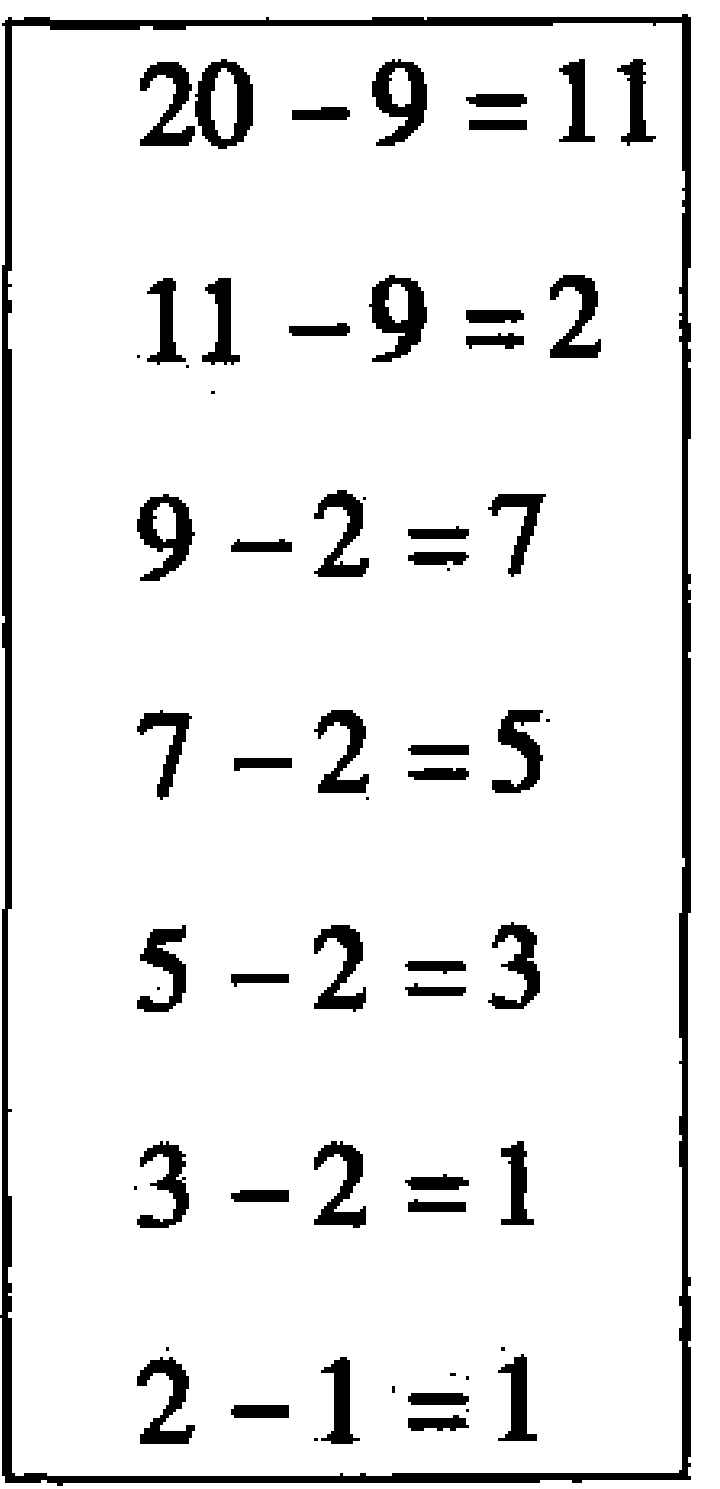
\begin{align*}

20 - 9 &= 11\\

11 - 9 &= 2\\

9 - 2 &= 7\\

7 - 2 &= 5\\

5 - 2 &= 3\\

3 - 2 &= 1\\

2 - 1 &= 1

\end{align*}